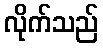
လိုက်သည်